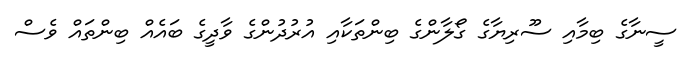
ސީނާގެ ބިމާއި ސޫރިޔާގެ ގޯލާންގެ ބިންތަކާއި އުރުދުންގެ ވާދީގެ ބައެއް ބިންތައް ވެސް